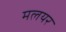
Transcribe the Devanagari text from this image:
मलयर